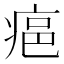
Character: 𤶛